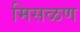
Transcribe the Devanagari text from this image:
मिसळण